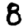
Digit: 8